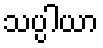
သပ္ပါယာ